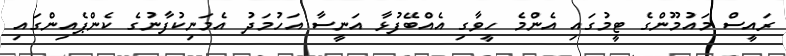
ރައީސް މައުމޫންގެ ޓީމުގައި އެންމެ ހީވާގި އެއްބޭފުޅާ އަނީސާ އަހުމަދު އެމަނިކުފާނުގެ ކެންޕެއިންގައި